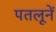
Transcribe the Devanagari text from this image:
पतलूनें